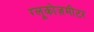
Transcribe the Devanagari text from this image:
ग्लूकोज़मीटर